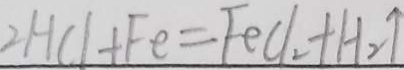
2 H C l + F e = F e C l _ { 2 } + H _ { 2 } \uparrow